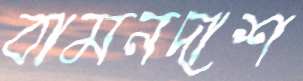
বামনদাশ